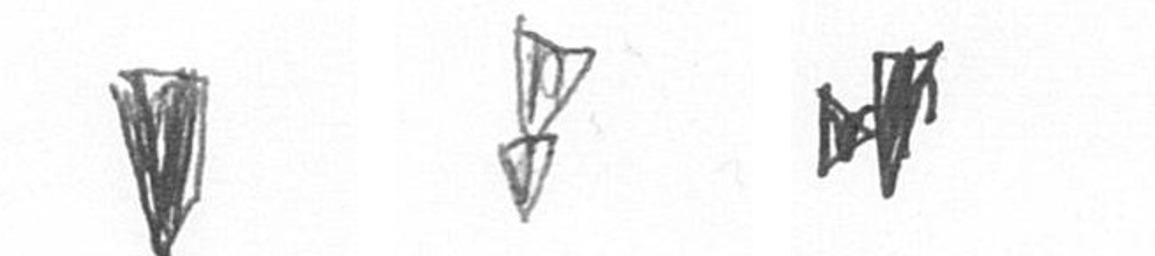
J Z M